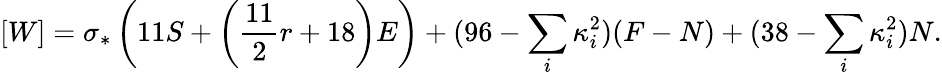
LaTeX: [W]=\sigma_{*}\left(11S+\left({\frac{11}{2}}r+18\right)E\right)+(96-\sum_{i}\kappa_{i}^{2})(F-N)+(38-\sum_{i}\kappa_{i}^{2})N.